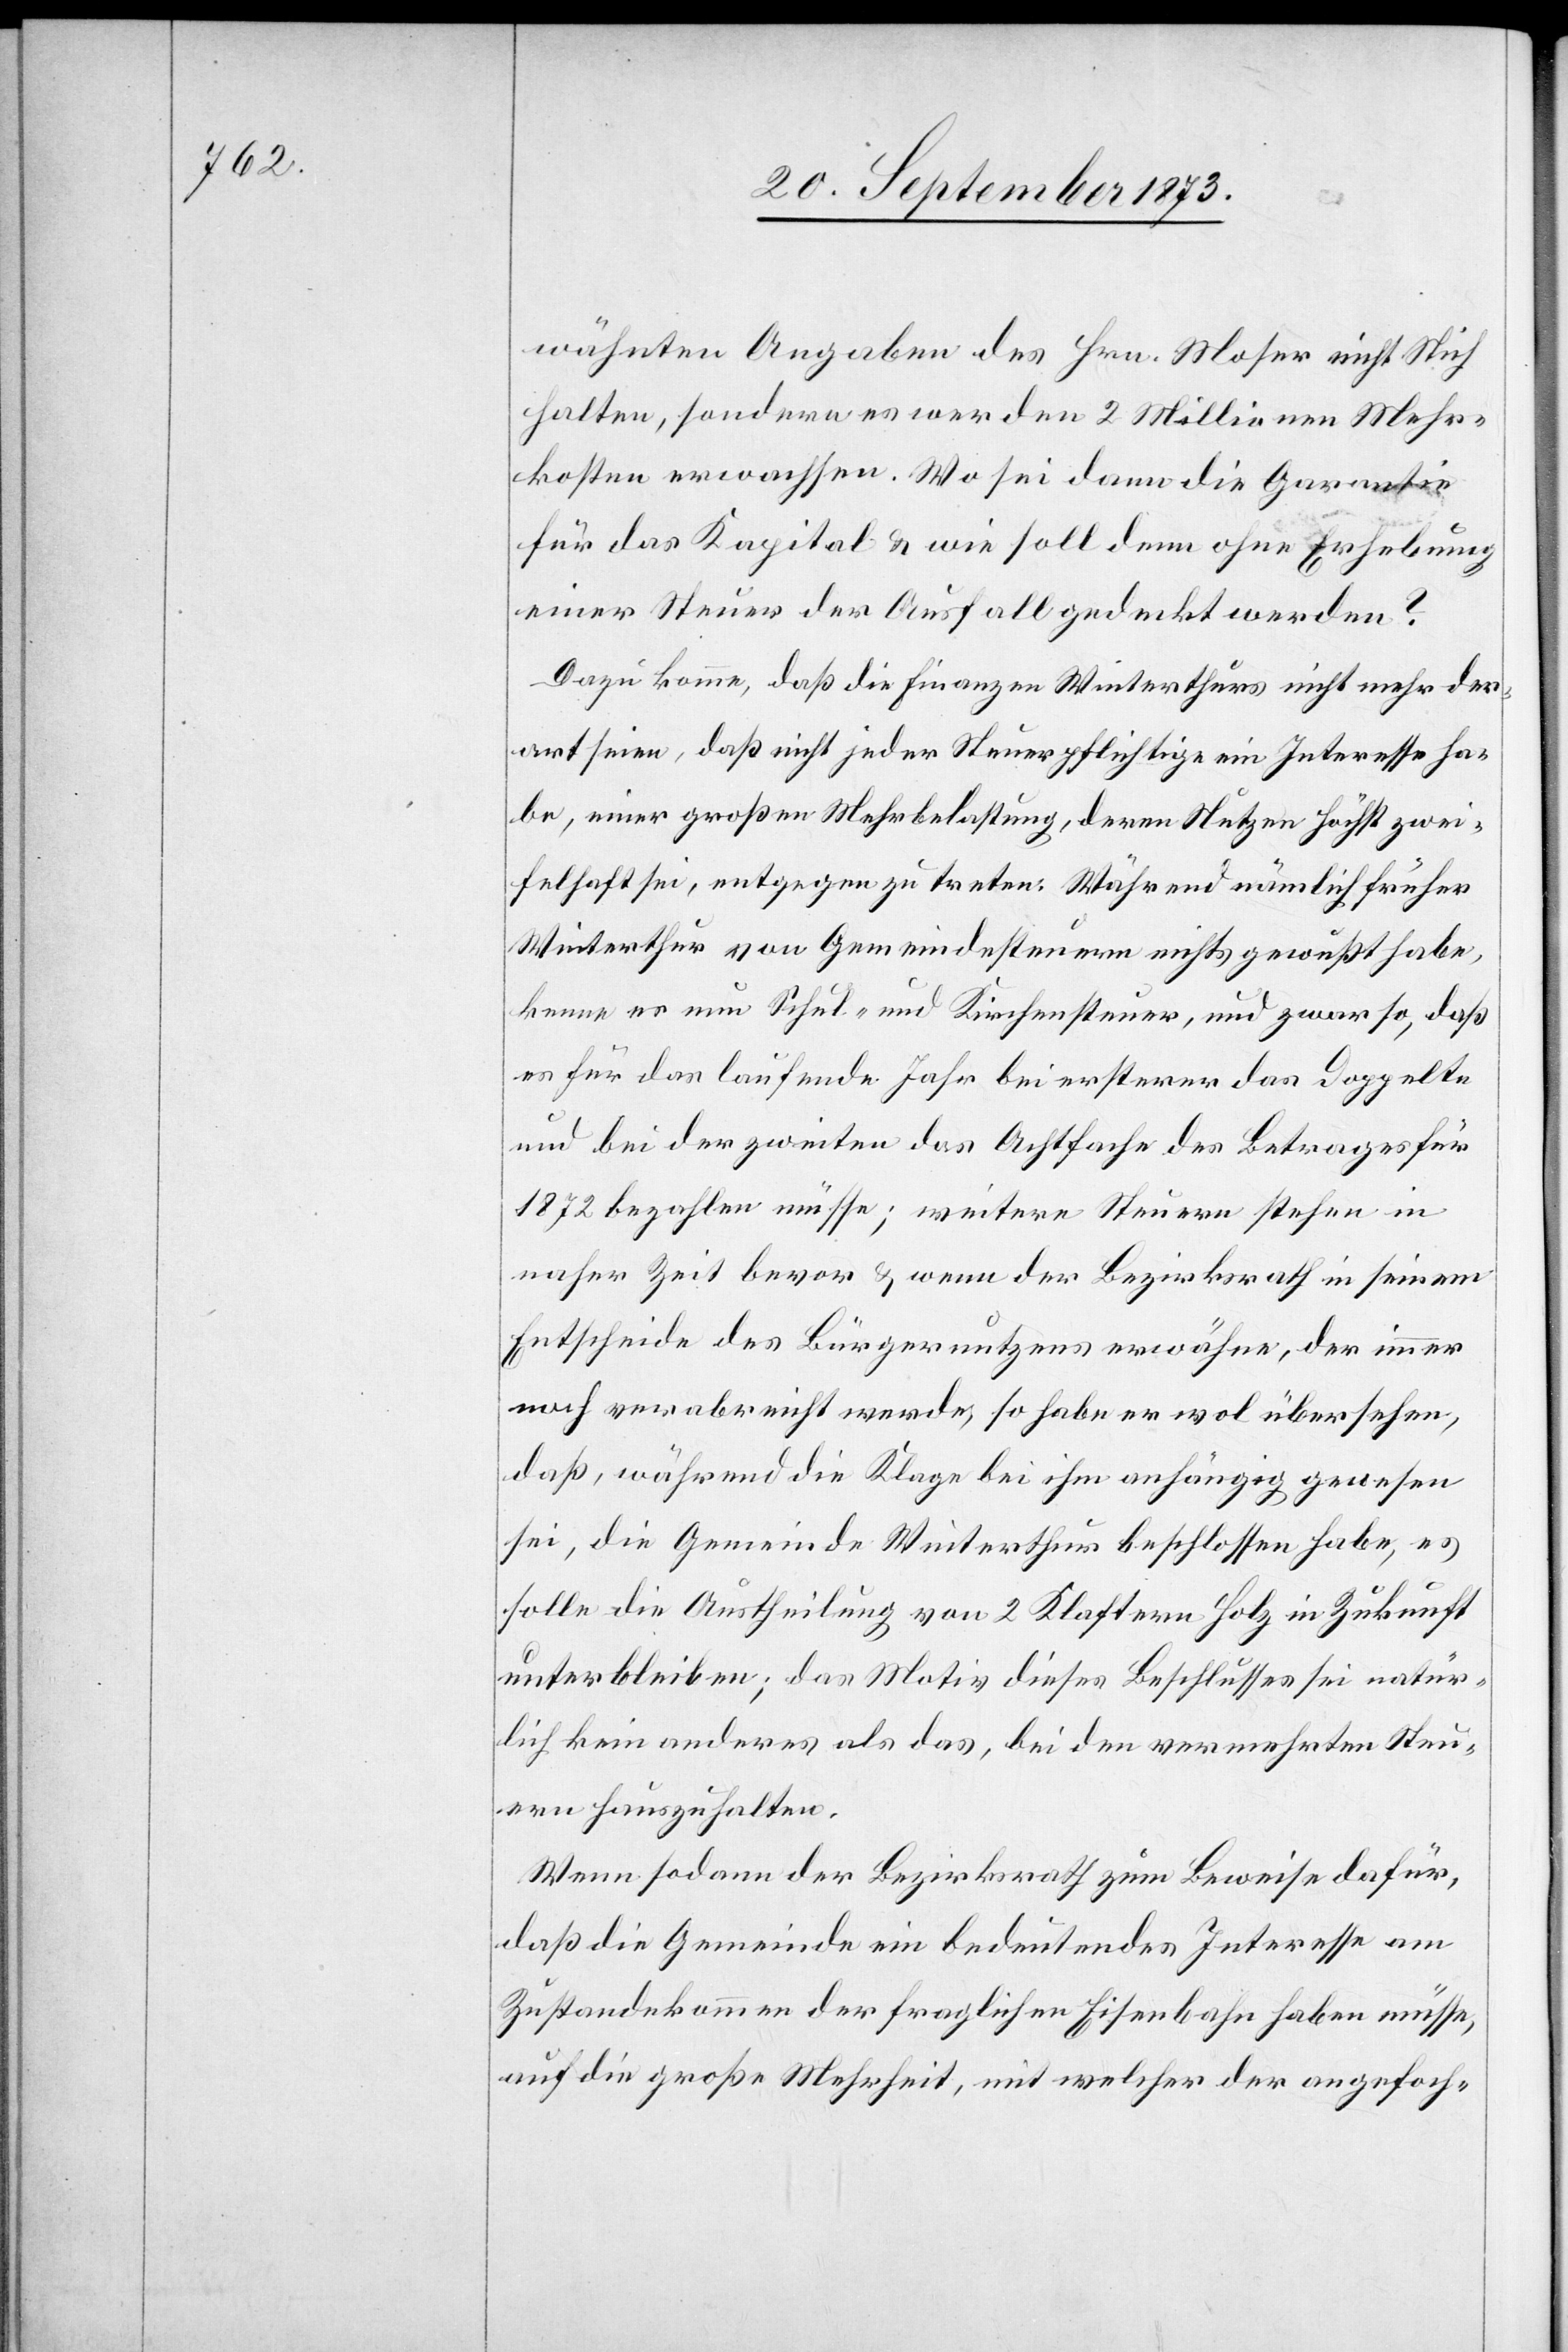
wähnten Angaben des Hrn. Moser nicht Stich
halten, sondern es werden 2 Millionen Mehr¬
kosten erwachsen. Wo sei dann die Garantie
für das Kapital & wie soll denn ohne Erhebung
einer Steuer der Ausfall gedeckt werden?
Dazu komme, daß die Finanzen Winterthurs nicht mehr der¬
art seien, daß nicht jeder Steuerpflichtige ein Interesse ha¬
be, einer großen Mehrbelastung, deren Nutzen höchst zwei¬
felhaft sei, entgegen zu treten. Während nämlich früher
Winterthur von Gemeindesteuern nichts gewußt habe,
kenne es nun Schul- und Kirchensteuer, und zwar so, daß
es für das laufende Jahr bei ersterer das Doppelte
und bei der zweiten das Achtfache des Betrages für
1872 bezahlen müsse; weitere Steuern stehen in
naher Zeit bevor & wenn der Bezirksrath in seinem
Entscheide des Bürgernutzens [sic!] erwähnte, der immer
noch verabreicht werde, so habe er wol übersehen,
daß, während die Klage bei ihm anhängig gewesen
sei, die Gemeinde Winterthur beschlossen habe, es
solle die Austheilung von 2 Klafter Holz in Zukunft
unterbleiben; das Motiv dieses Beschlusses sei natür¬
lich kein anderes als das, bei den vermehrten Steu¬
ern hauszuhalten.
Wenn sodann der Bezirksrath zum Beweise dafür,
daß die Gemeinde ein bedeutendes Interesse am
Zustandekommen der fraglichen Eisenbahn haben müsse,
auf die große Mehrheit, mit welcher der angefoch-